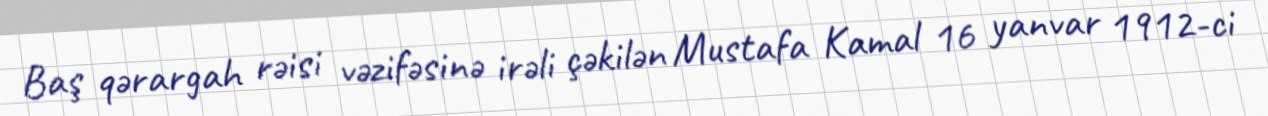
Baş qərargah rəisi vəzifəsinə irəli çəkilən Mustafa Kamal 16 yanvar 1912-ci